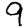
Digit: 9